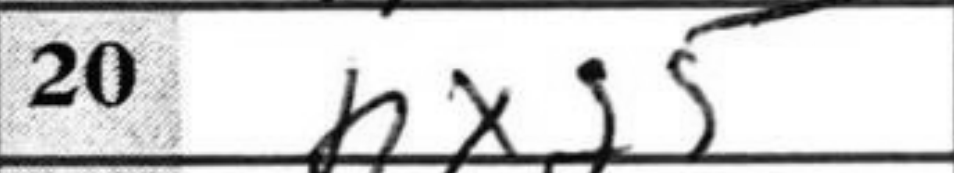
Transcription: hxg5